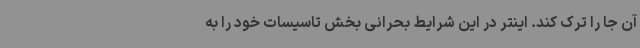
آن جا را ترک کند. اینتر در این شرایط بحرانی بخش تاسیسات خود را به